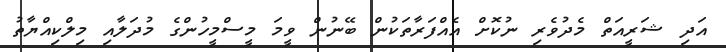
އަދި ޝަރީއަތް މެދުވެރި ނުކޮށް އެއްފަރާތަކުން ބޭނުން ވީމަ މީސްމީހުންގެ މުދަލާއި މިލްކިއްޔާތު